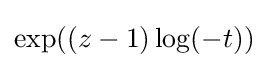
\exp((z-1)\log(-t))